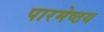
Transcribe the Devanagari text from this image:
पारमेष्ठय